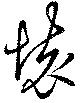
懐